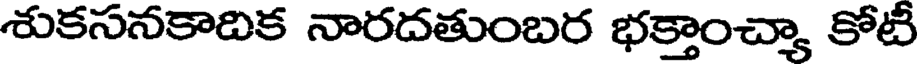
శుకసనకాదిక నారదతుంబర భక్తాంచ్యా కోటీ